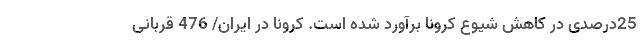
25درصدی در کاهش شیوع کرونا برآورد شده است. کرونا در ایران/ 476 قربانی